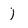
Character: j